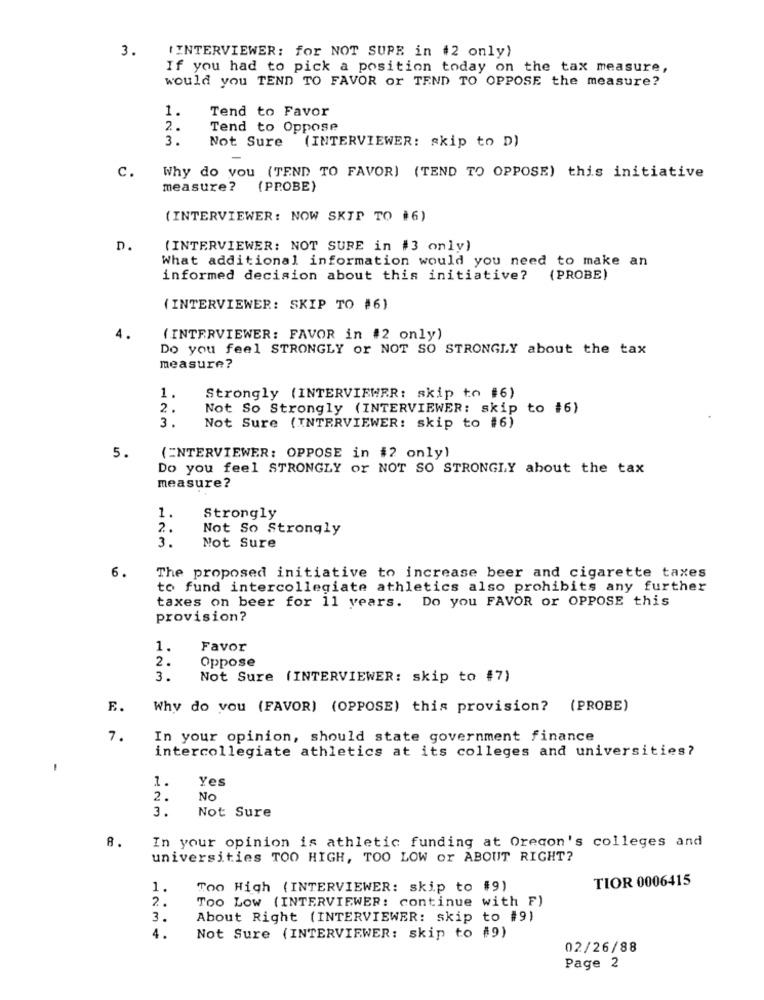
3.
" INTERVIEWER: for NOT SURE in #2 only)
If you had to pick a position today on the tax measure,
would you TEND TO FAVOR or TEND TO OPPOSE the measure?
1.
Tend to Favor
2.
Tend to Oppose
3.
Not Sure
(INTERVIEWER: skip to D)
C.
Why do you (TEND TO FAVOR) (TEND TO OPPOSE) this initiative
measure? (PROBE)
(INTERVIEWER: NOW SKIP TO #6)
D.
(INTERVIEWER: NOT SURE in #3 only)
What additional information would you need to make an
informed decision about this initiative?
(PROBE)
( INTERVIEWER: SKIP TO #6)
4.
(INTERVIEWER: FAVOR in #2 only)
Do you feel STRONGLY or NOT SO STRONGLY about the tax
measure?
1.
Strongly (INTERVIEWER: skip to #6)
2.
Not So Strongly (INTERVIEWER: skip to #6)
3.
Not Sure (INTERVIEWER: skip to #6)
5.
(ENTERVIEWER: OPPOSE in #2 only)
Do you feel STRONGLY or NOT SO STRONGLY about the tax
measure?
1.
Strongly
2.
Not So Strongly
3.
Not Sure
6.
The proposed initiative to increase beer and cigarette taxes
to fund intercollegiate athletics also prohibits any further
Do you FAVOR or OPPOSE this
taxes on beer for 11 years.
provision?
1.
Favor
2.
Oppose
3.
Not Sure (INTERVIEWER: skip to #7)
E.
Why do you (FAVOR) (OPPOSE) this provision? (PROBE)
7.
In your opinion, should state government finance
intercollegiate athletics at its colleges and universities?
1
Yes
1.
2.
No
Not Sure
3.
8.
In your opinion is athletic funding at Orecon's colleges and
universities TOO HIGH, TOO LOW or ABOUT RIGHT?
TIOR 0006415
1.
Too High (INTERVIEWER: skip to #9)
2.
TOO LOW (INTERVIEWER: continue with F)
3.
About Right (INTERVIEWER: skip to #9)
4.
Not Sure (INTERVIEWER: skip to #9)
02/26/88
Page 2